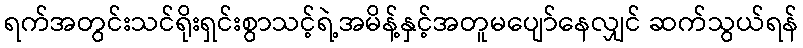
ရက်အတွင်းသင်ရိုးရှင်းစွာသင့်ရဲ့အမိန့်နှင့်အတူမပျော်နေလျှင် ဆက်သွယ်ရန်